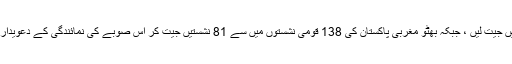
پھر وہی ہوا مشرقی پاکستان میں شیخ مجیب کی جماعت نے 162 میں سے 160 نشستیں جیت لیں ، جبکہ بھٹو مغربی پاکستان کی 138 قومی نشستوں میں سے 81 نشستیں جیت کر اس صوبے کی نمائندگی کے دعویدار بن بیٹھے اور پھر دونوں کی باہمی ٹکراؤ کی سیاست نے ملک کے دو ٹکڑے کر دیے۔